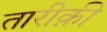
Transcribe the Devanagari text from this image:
तारीक़ी